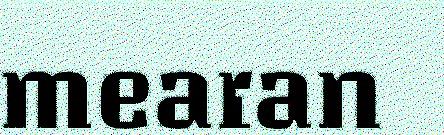
mearan